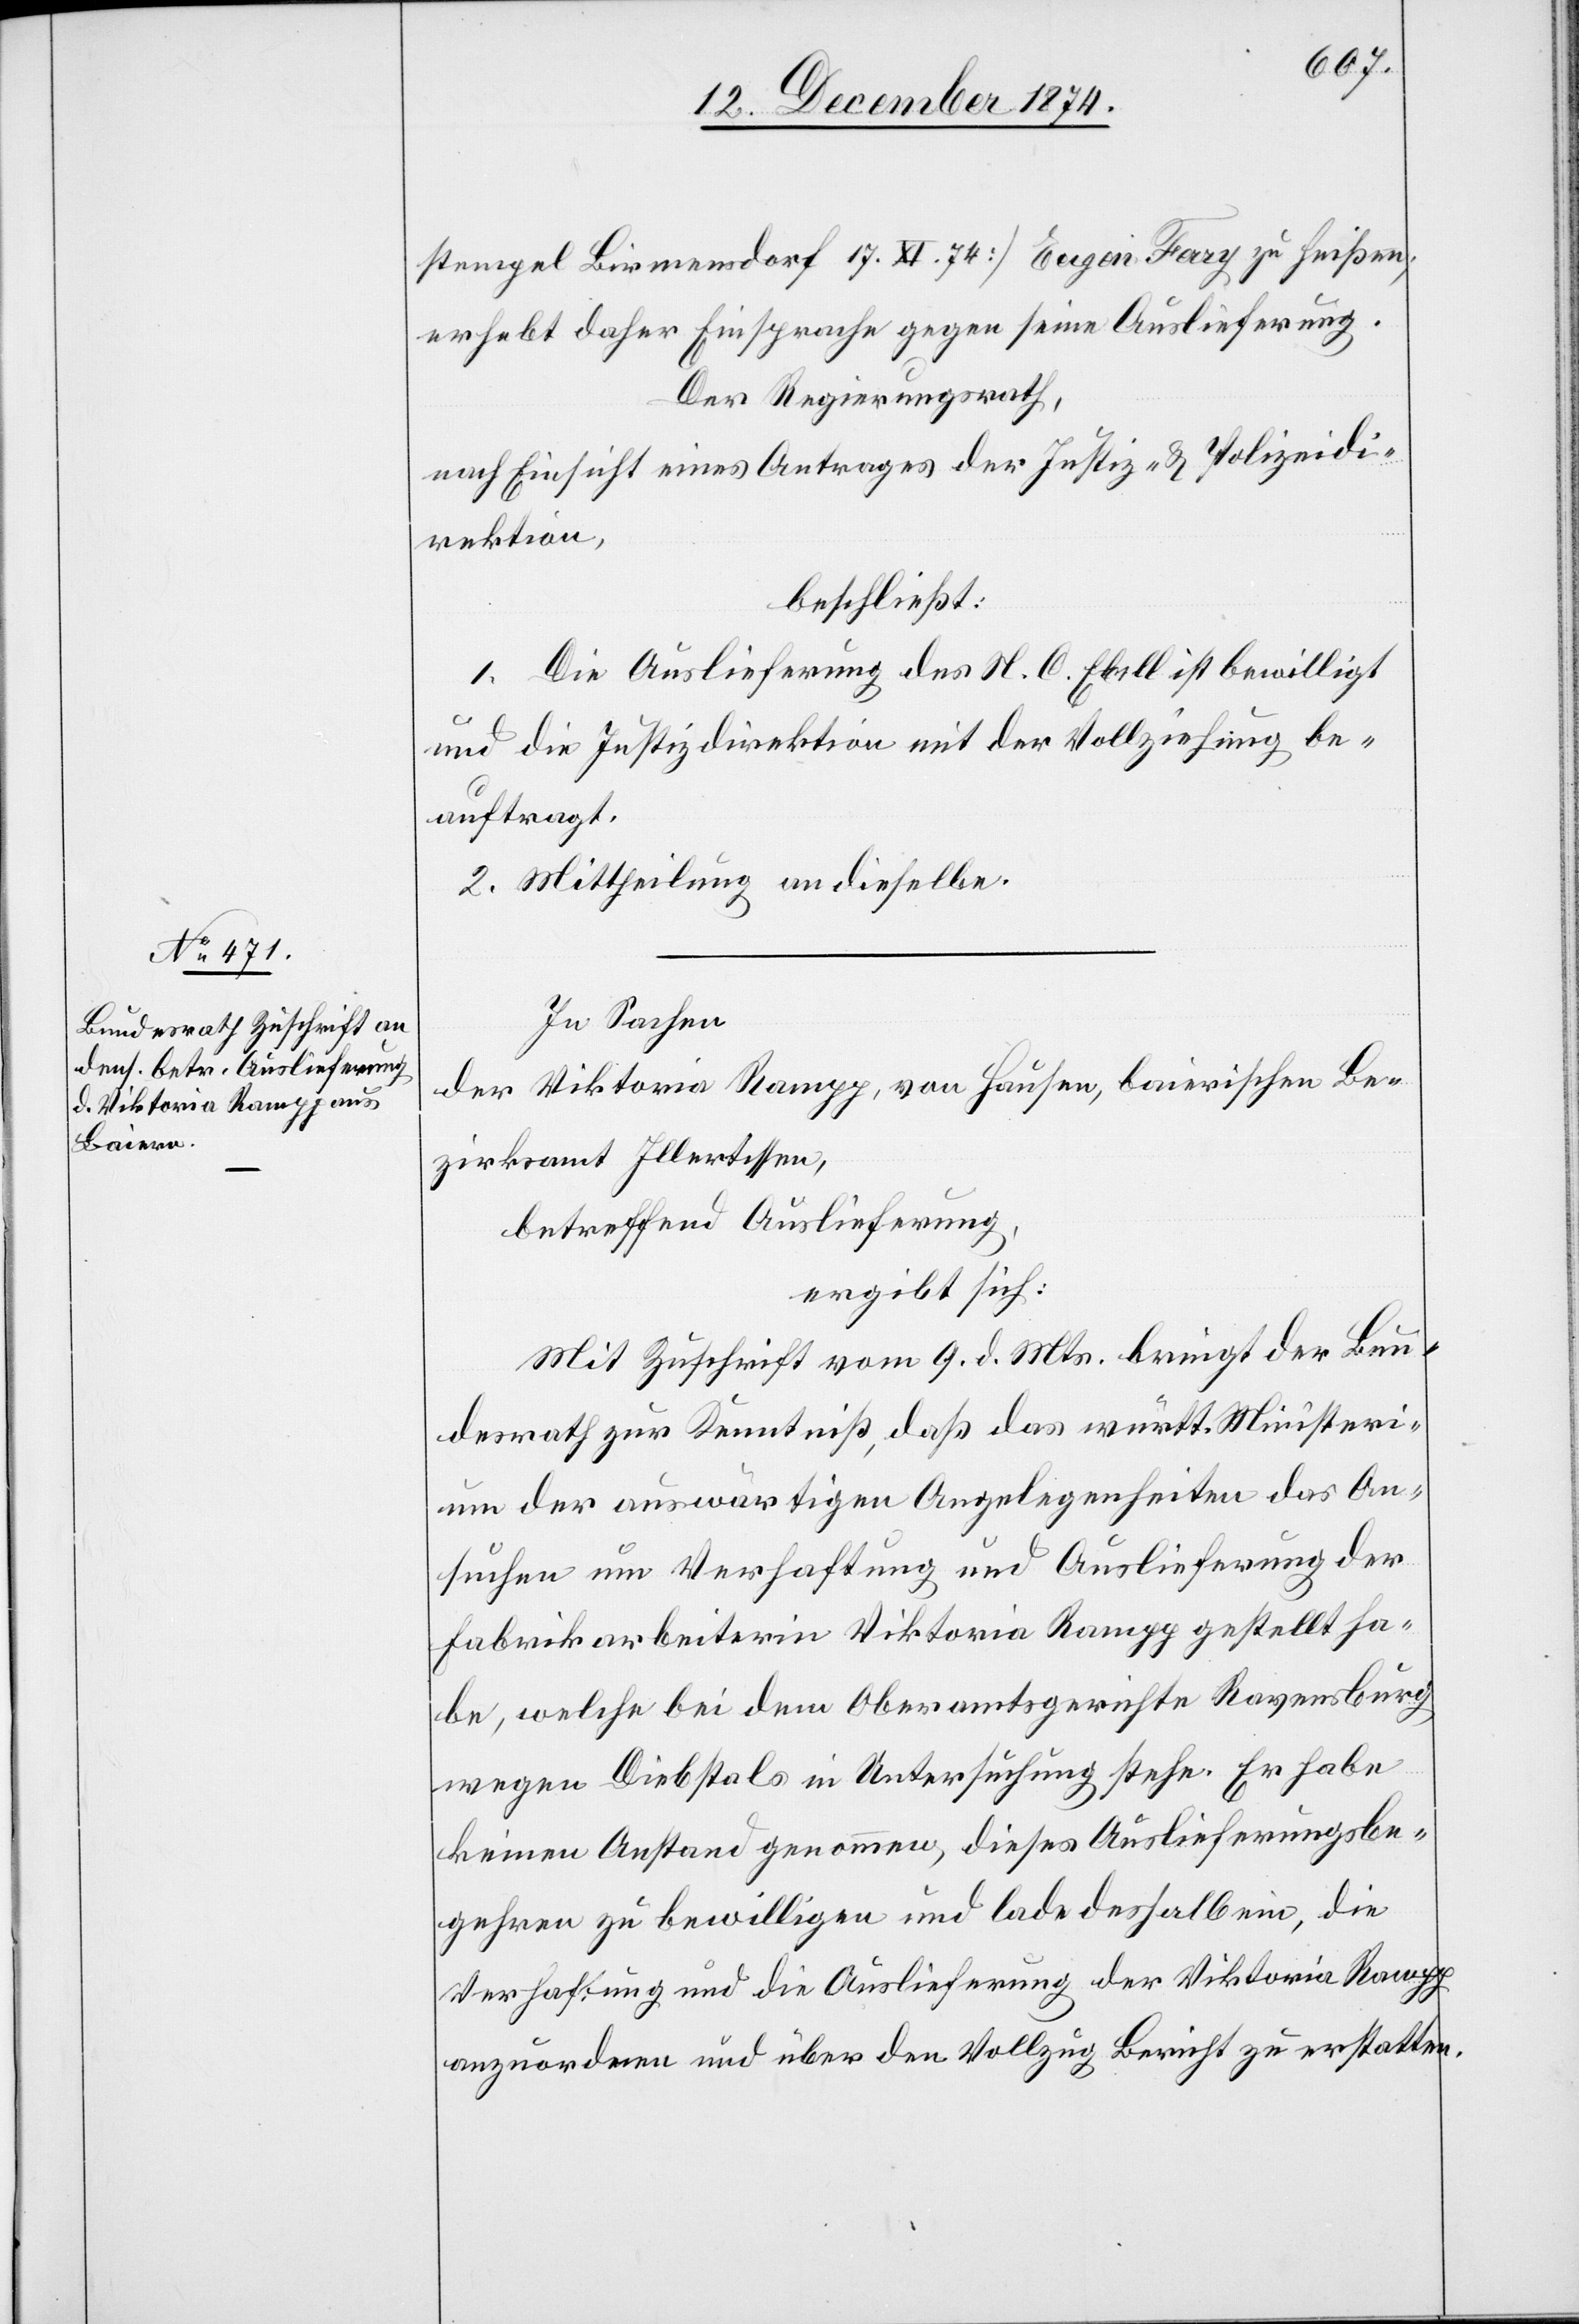
stempel Birmensdorf 17. XI. 74] Eugen Fary zu heißen;
erhebt daher Einsprache gegen seine Auslieferung.
Der Regierungsrath,
nach Einsicht eines Antrages der Justiz- & Polizeidi¬
rektion,
beschließt:
1. Die Auslieferung des N. C. Ebell ist bewilligt
und die Justizdirektion mit der Vollziehung be¬
auftragt.
2. Mittheilung an dieselben.
In Sachen
der Viktoria Rampp, von Hausen, baierischen Be¬
zirksamt Illertessen,
betreffend Auslieferung,
ergibt sich:
Mit Zuschrift vom 9. d. Mts. bringt der Bun¬
desrath zur Kenntniß, daß das württ. Ministeri¬
um der auswärtigen Angelegenheiten das An¬
suchen um Verhaftung und Auslieferung der
Fabrikarbeiterin Viktoria Rampp gestellt ha¬
ben, welche bei dem Oberamtsgerichte Ravensburg
wegen Diebstals in Untersuchung stehe. Er habe
keinen Anstand genommen, dieses Auslieferungsbe¬
gehren zu bewilligen und lade deshalb ein, die
Verhaftung und die Auslieferung der Viktoria Rampp
anzuordnen und über den Vollzug Bericht zu erstatten.